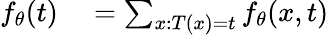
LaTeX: \begin{array}{rl}{f_{\theta}(t)}&{{}=\sum_{x:T(x)=t}f_{\theta}(x,t)}\end{array}